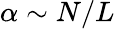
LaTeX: \alpha\sim N/L